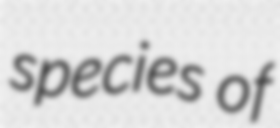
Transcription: species of